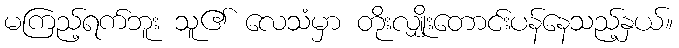
မကြည့်ရက်ဘူး သူ၏ လေသံမှာ တိုးလျှိုးတောင်းပန်နေသည့်နှယ်။